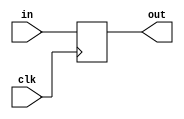
module coreir_reg #(
    parameter width = 1,
    parameter clk_posedge = 1,
    parameter init = 1
) (
    input clk,
    input [width-1:0] in,
    output [width-1:0] out
);
  reg [width-1:0] outReg=init;
  wire real_clk;
  assign real_clk = clk_posedge ? clk : ~clk;
  always @(posedge real_clk) begin
    outReg <= in;
  end
  assign out = outReg;
endmodule

module coreir_mem #(
    parameter has_init = 1'b0,
    parameter sync_read = 1'b0,
    parameter depth = 1,
    parameter width = 1,
    parameter [(width * depth) - 1:0] init = 0
) (
    input clk,
    input [width-1:0] wdata,
    input [$clog2(depth)-1:0] waddr,
    input wen,
    output [width-1:0] rdata,
    input [$clog2(depth)-1:0] raddr
);
  reg [width-1:0] data [depth-1:0];
  generate if (has_init) begin
    genvar j;
    for (j = 0; j < depth; j = j + 1) begin
      initial begin
        data[j] = init[(j+1)*width-1:j*width];
      end
    end
  end
  endgenerate
  always @(posedge clk) begin
    if (wen) begin
      data[waddr] <= wdata;
    end
  end
  generate if (sync_read) begin
  reg [width-1:0] rdata_reg;
  always @(posedge clk) begin
    rdata_reg <= data[raddr];
  end
  assign rdata = rdata_reg;
  end else begin
  assign rdata = data[raddr];
  end
  endgenerate

endmodule

module RAM256x16 (
    input [7:0] RADDR,
    output [15:0] RDATA,
    input [7:0] WADDR,
    input [15:0] WDATA,
    input CLK,
    input WE
);
wire [15:0] coreir_mem256x16_inst0_rdata;
wire [15:0] reg_P_inst0_out;
coreir_mem #(
    .depth(256),
    .has_init(1'b0),
    .sync_read(1'b0),
    .width(16)
) coreir_mem256x16_inst0 (
    .clk(CLK),
    .wdata(WDATA),
    .waddr(WADDR),
    .wen(WE),
    .rdata(coreir_mem256x16_inst0_rdata),
    .raddr(RADDR)
);
coreir_reg #(
    .clk_posedge(1'b1),
    .init(16'h0000),
    .width(16)
) reg_P_inst0 (
    .clk(CLK),
    .in(coreir_mem256x16_inst0_rdata),
    .out(reg_P_inst0_out)
);
assign RDATA = reg_P_inst0_out;
endmodule